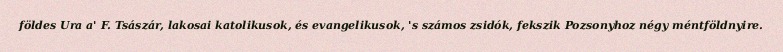
földes Ura a' F. Tsászár, lakosai katolikusok, és evangelikusok, 's számos zsidók, fekszik Pozsonyhoz négy méntföldnyire.